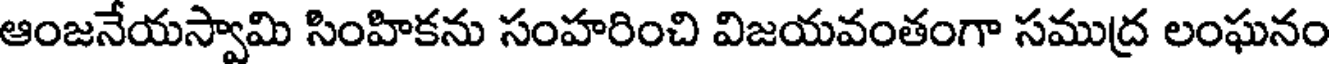
ఆంజనేయస్వామి సింహికను సంహరించి విజయవంతంగా సముద్ర లంఘనం